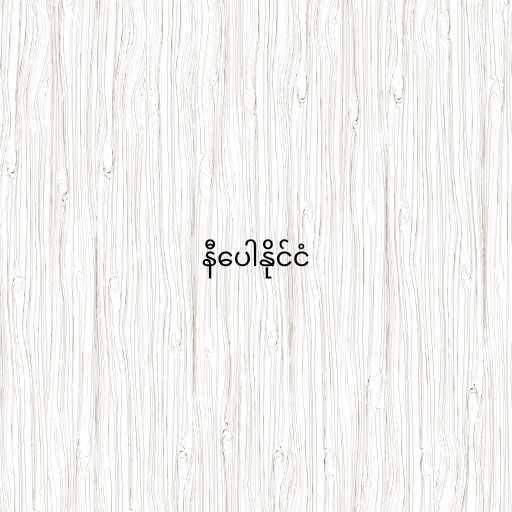
နီပေါနိုင်ငံ